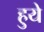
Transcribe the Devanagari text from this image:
हुयेे